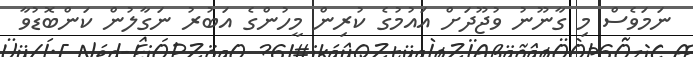
ނަމަވެސް މި ގާނޫނު ވުޖޫދަށް އައުމުގެ ކުރިން މީހުންގެ އަބުރު ނަގާލުން ކަންބޮޑުވާ